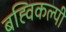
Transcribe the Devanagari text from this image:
बह्विकल्पी